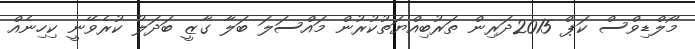
މޯލްޑިވްސް ކަޕް 2015ދަރިން ތަރުބިއްޔަތުކުރުން މައްސަލަ ބަލާ ގާޒީ ބަދަލު ކުރެވޭނީ ކިހިނެއް